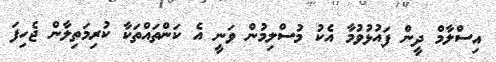
އިސްލާމް ދީން ފައުޅުވުމާ އެކު މުސްލިމުން ވަނީ އެ ކަންތައްތަކާ ކުރިމަތިލާން ޖެހިފަ